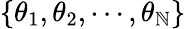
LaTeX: \{ \theta_{1},\theta_{2},\cdots,\theta_{\mathbb{N}}\}